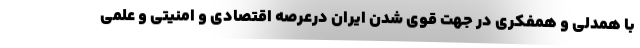
با همدلی و همفکری در جهت قوی شدن ایران درعرصه اقتصادی و امنیتی و علمی